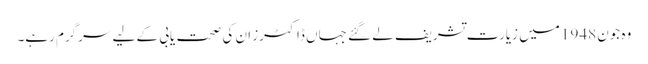
وہ جون 1948 میں زیارت تشریف لے گئے جہاں ڈاکٹرز ان کی صحت یابی کے لیے سرگرم رہے۔